Indian journal of veterinary science and animal husbandry - Volume 11,
Year: 1941
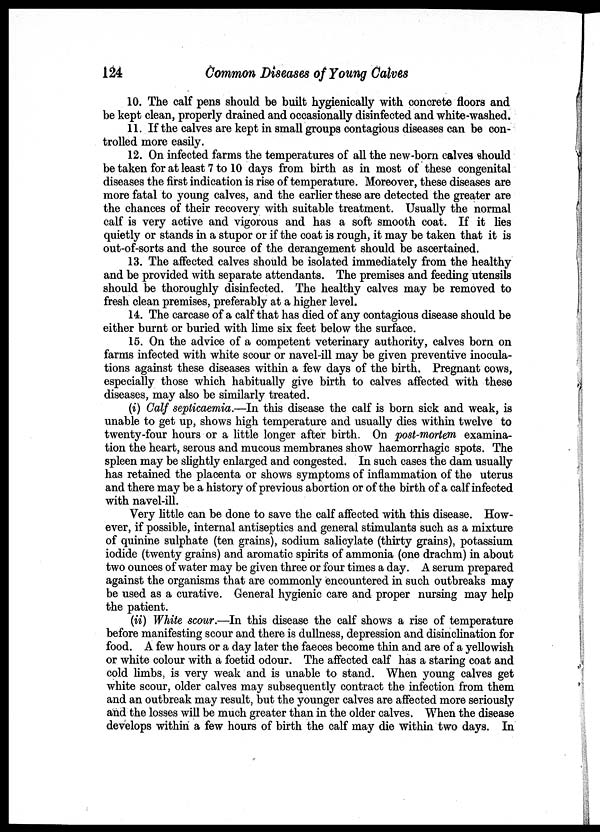
124
Common Diseases of Young Calves
10. The calf pens should be built hygienically with concrete floors and
be kept clean, properly drained and occasionally disinfected and white-washed.
11. If the calves are kept in small groups contagious diseases can be con-
trolled more easily.
12. On infected farms the temperatures of all the new-born calves should
be taken for at least 7 to 10 days from birth as in most of these congenital
diseases the first indication is rise of temperature. Moreover, these diseases are
more fatal to young calves, and the earlier these are detected the greater are
the chances of their recovery with suitable treatment. Usually the normal
calf is very active and vigorous and has a soft smooth coat. If it lies
quietly or stands in a stupor or if the coat is rough, it may be taken that it is
out-of-sorts and the source of the derangement should be ascertained.
13. The affected calves should be isolated immediately from the healthy
and be provided with separate attendants. The premises and feeding utensils
should be thoroughly disinfected. The healthy calves may be removed to
fresh clean premises, preferably at a higher level.
14. The carcase of a calf that has died of any contagious disease should be
either burnt or buried with lime six feet below the surface.
15. On the advice of a competent veterinary authority, calves born on
farms infected with white scour or navel-ill may be given preventive inocula-
tions against these diseases within a few days of the birth. Pregnant cows,
especially those which habitually give birth to calves affected with these
diseases, may also be similarly treated.
(i) Calf septicaemia.—In this disease the calf is born sick and weak, is
unable to get up, shows high temperature and usually dies within twelve to
twenty-four hours or a little longer after birth. On post-mortem examina-
tion the heart, serous and mucous membranes show haemorrhagic spots. The
spleen may be slightly enlarged and congested. In such cases the dam usually
has retained the placenta or shows symptoms of inflammation of the uterus
and there may be a history of previous abortion or of the birth of a calf infected
with navel-ill.
Very little can be done to save the calf affected with this disease. How-
ever, if possible, internal antiseptics and general stimulants such as a mixture
of quinine sulphate (ten grains), sodium salicylate (thirty grains), potassium
iodide (twenty grains) and aromatic spirits of ammonia (one drachm) in about
two ounces of water may be given three or four times a day. A serum prepared
against the organisms that are commonly encountered in such outbreaks may
be used as a curative. General hygienic care and proper nursing may help
the patient.
(ii) White scour.—In this disease the calf shows a rise of temperature
before manifesting scour and there is dullness, depression and disinclination for
food. A few hours or a day later the faeces become thin and are of a yellowish
or white colour with a foetid odour. The affected calf has a staring coat and
cold limbs, is very weak and is unable to stand. When young calves get
white scour, older calves may subsequently contract the infection from them
and an outbreak may result, but the younger calves are affected more seriously
and the losses will be much greater than in the older calves. When the disease
develops within a few hours of birth the calf may die within two days. In